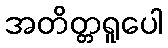
အတိတ္တရူပေါ